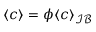
\langle c \rangle = \phi \langle c \rangle _ { \mathcal { I B } }